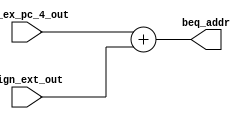
module BEQ_ALU(
  input [31:0] id_ex_pc_4_out, sign_ext_out,
  output [31:0] beq_addr
  );
  
  assign beq_addr = id_ex_pc_4_out + sign_ext_out;
  
endmodule